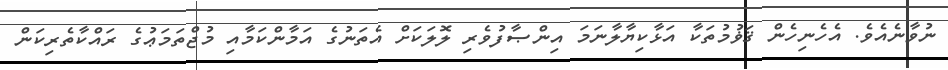
ނުވާނެއެވެ. އެހެނިހެން ޤަޥުމުތަކާ އަޅާކިޔާލާނަމަ އިންޞާފުވެރި ލޮލަކަށް އެތަނުގެ އަމާންކަމާއި މުޖްތަމަޢުގެ ރައްކާތެރިކަން